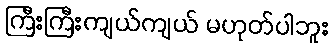
ကြီးကြီးကျယ်ကျယ် မဟုတ်ပါဘူး